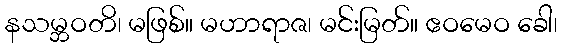
နသမ္ဘဝတိ၊ မဖြစ်။ မဟာရာဇ၊ မင်းမြတ်။ ဧဝမေဝ ခေါ၊